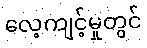
လေ့ကျင့်မှုတွင်